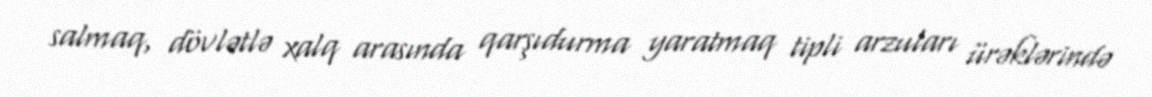
salmaq, dövlətlə xalq arasında qarşıdurma yaratmaq tipli arzuları ürəklərində